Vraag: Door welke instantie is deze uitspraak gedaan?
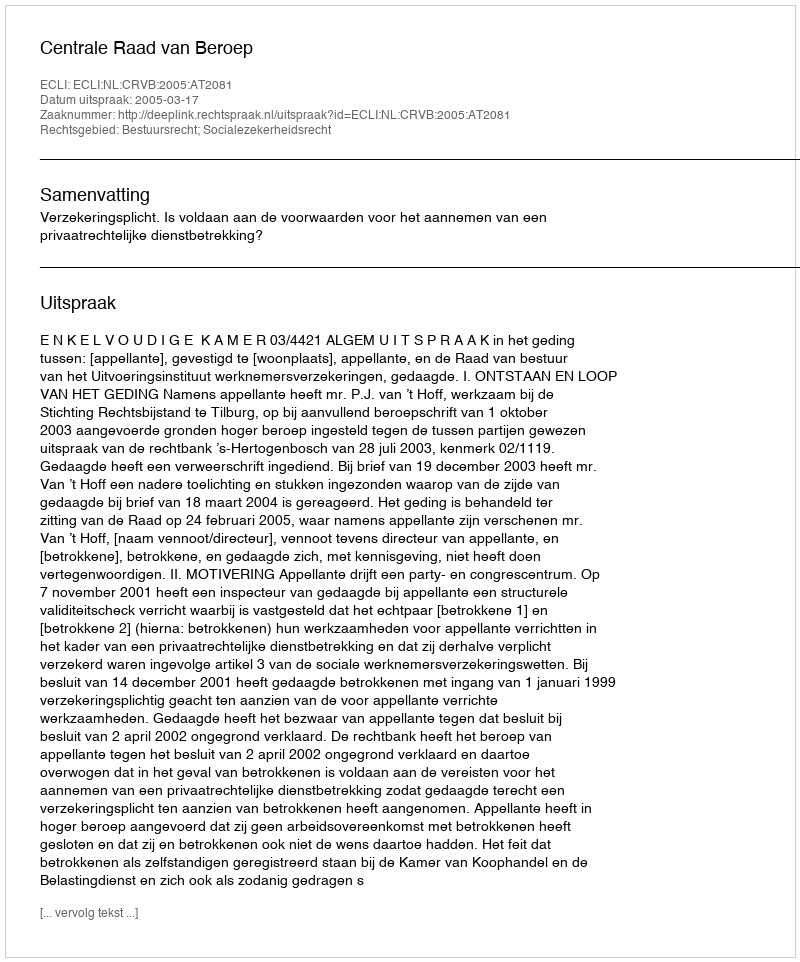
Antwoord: Centrale Raad van Beroep